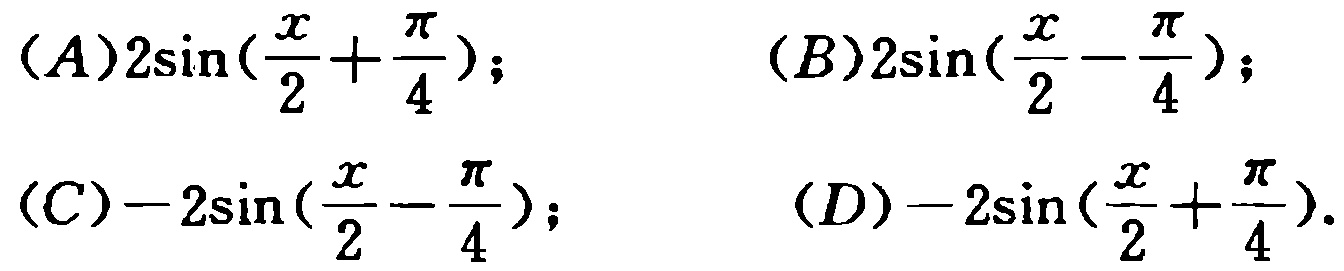
(A)$2\sin(\frac{x}{2}+\frac{\pi}{4})$; (B)$2\sin(\frac{x}{2}-\frac{\pi}{4})$; (C)$-2\sin(\frac{x}{2}-\frac{\pi}{4})$; (D)$-2\sin(\frac{x}{2}+\frac{\pi}{4})$.